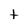
Character: t